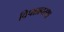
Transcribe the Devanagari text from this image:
विपन्नावस्था